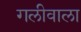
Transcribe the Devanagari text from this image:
गलीवाला